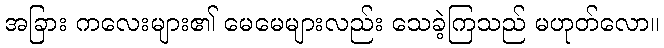
အခြား ကလေးများ၏ မေမေများလည်း သေခဲ့ကြသည် မဟုတ်လော။